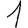
Digit: 1